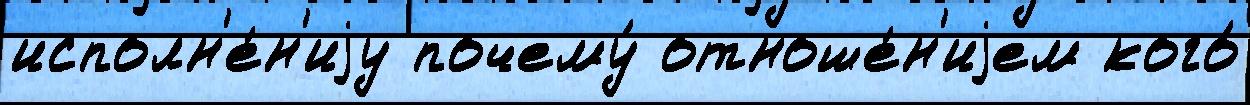
исполн'е́н'иjу почему́ отноше́н'иjем кого́